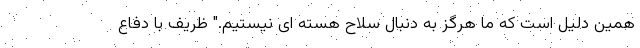
همین دلیل است که ما هرگز به دنبال سلاح هسته ای نیستیم." ظریف با دفاع